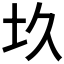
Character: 𡉌